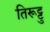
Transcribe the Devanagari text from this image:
तिरूट्टु